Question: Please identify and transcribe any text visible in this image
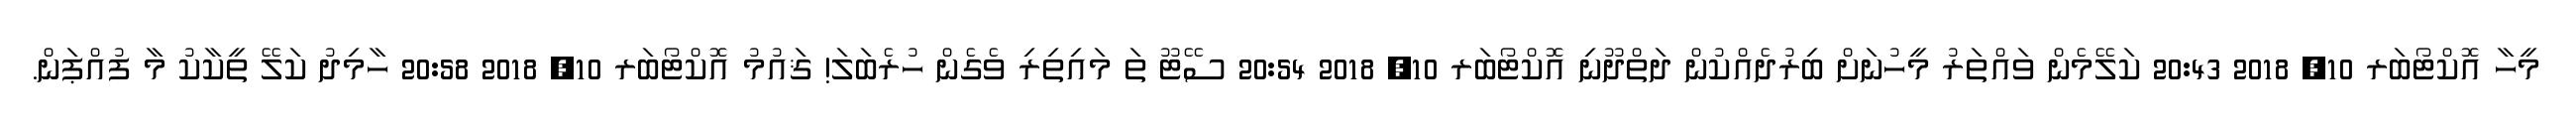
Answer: މީހާ އޮކްޓޯބަރ 10, 2018 20:43 ކަލޭމެން ވައްތަރު މީހުނަށް ބިރުދެއްކުން ދަތްދޫނި އޮކްޓޯބަރ 10, 2018 20:54 ސޭޓޫ ތަ މައިތިރި ވެގެން ހުރެބަލަ! ޤައުމު އޮކްޓޯބަރ 10, 2018 20:58 ހާމިދު ކަލޭ ތީކާކު މާ ފުއްޕަން.